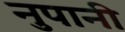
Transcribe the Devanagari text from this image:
नुपानी